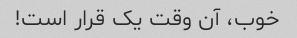
خوب، آن وقت یک قرار است!